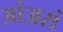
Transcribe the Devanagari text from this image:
आंअसं